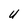
Character: U